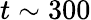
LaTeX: t\sim 300